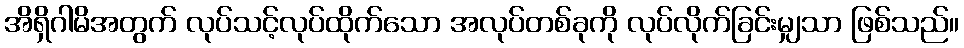
အိရှိဂါမိအတွက် လုပ်သင့်လုပ်ထိုက်သော အလုပ်တစ်ခုကို လုပ်လိုက်ခြင်းမျှသာ ဖြစ်သည်။